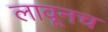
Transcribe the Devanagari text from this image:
लावूनच